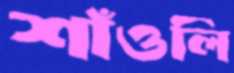
শাঁওলি